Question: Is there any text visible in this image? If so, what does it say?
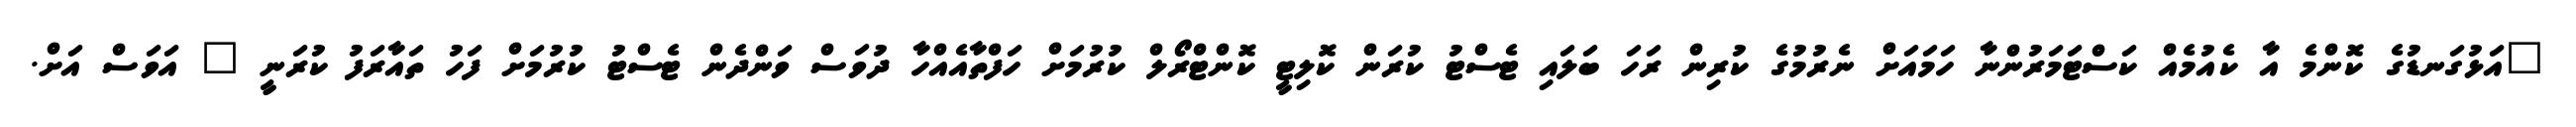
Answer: "އަޅުގަނޑުގެ ކޮންމެ އާ ކެއުމެއް ކަސްޓަމަރުންނާ ހަމައަށް ނެރުމުގެ ކުރިން ރަހަ ބަލައި ޓެސްޓު ކުރަން ކޮލިޓީ ކޮންޓްރޯލް ކުރުމަށް ހަފްތާއެއްހާ ދުވަސް ވަންދެން ޓެސްޓު ކުރުމަށް ފަހު ތައާރަފު ކުރަނީ " އަވަސް އަށް.